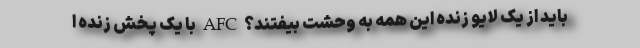
باید از یک لایو زنده این همه به وحشت بیفتند؟ AFC با یک پخش زنده ا